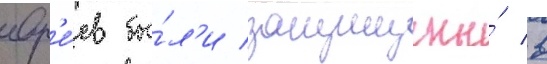
евр'е́ев бы́л'и защищены́ в